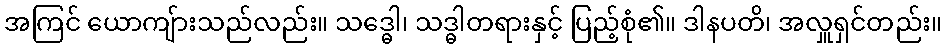
အကြင် ယောကျ်ားသည်လည်း။ သဒ္ဓေါ၊ သဒ္ဓါတရားနှင့် ပြည့်စုံ၏။ ဒါနပတိ၊ အလှူရှင်တည်း။